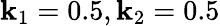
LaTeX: \mathbf{k}_{1}=0.5,\mathbf{k}_{2}=0.5